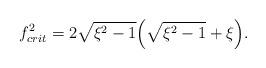
LaTeX: \begin{align*}f_{crit}^2 = 2 \sqrt{\xi^2 - 1} \Bigl( \sqrt{\xi^2 - 1}+ \xi \Bigr).\end{align*}